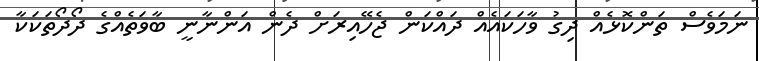
ނަމަވެސް ތަންކޮޅެއް ދިގު ވާހަކައެއް ދައްކަން ޖެހޭއިރަށް ދެން އަންނާނީ ބާވަތެއްގެ ދޯދޯތަކަކާ